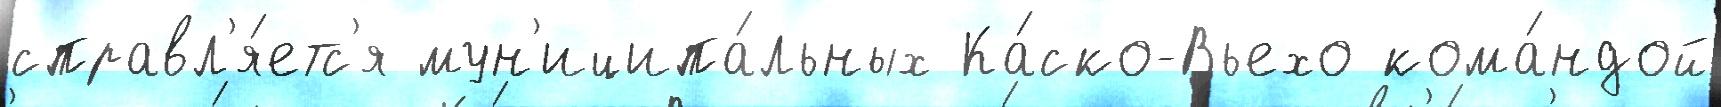
справл'я́етс'я мун'иципа́льных Ка́ско-Вьехо кома́ндой